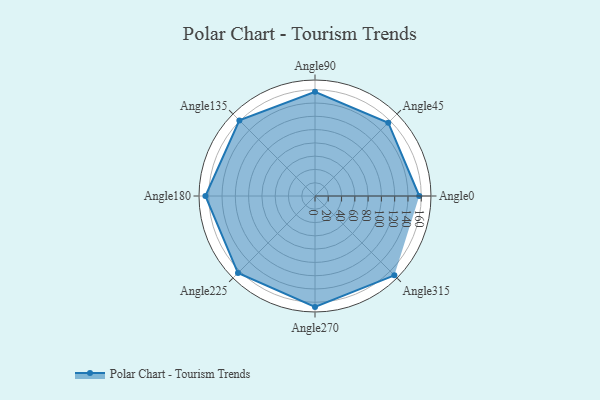
{"axis": {"x": "Angle", "y": "Radius"}, "legend": [""], "data": [{"x": "Angle0", "y": 157.0, "type": ""}, {"x": "Angle45", "y": 156.0, "type": ""}, {"x": "Angle90", "y": 157.0, "type": ""}, {"x": "Angle135", "y": 161.0, "type": ""}, {"x": "Angle180", "y": 165.0, "type": ""}, {"x": "Angle225", "y": 164.0, "type": ""}, {"x": "Angle270", "y": 167.0, "type": ""}, {"x": "Angle315", "y": 169.0, "type": ""}]}